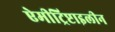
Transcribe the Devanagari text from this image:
ऐमीट्रिप्टाइलीन